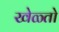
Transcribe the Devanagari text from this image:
खेळ्तो